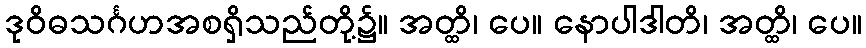
ဒုဝိဓသင်္ဂဟအစရှိသည်တို့၌။ အတ္ထိ၊ ပေ။ နောပါဒါတိ၊ အတ္ထိ၊ ပေ။